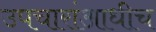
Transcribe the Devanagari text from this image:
उपचारांआधीच